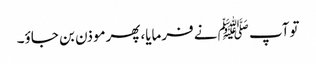
توآپ ﷺنے فرمایا،پھرموذن بن جاؤ۔